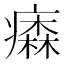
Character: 𤺢